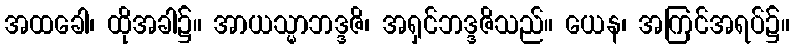
အထခေါ၊ ထိုအခါ၌။ အာယသ္မာဘဒ္ဒဇိ၊ အရှင်ဘဒ္ဒဇိသည်။ ယေန၊ အကြင်အရပ်၌။